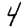
Digit: 4